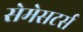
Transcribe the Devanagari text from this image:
सेमेसटर्स